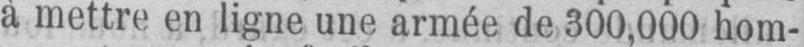
à mettre en ligne une armée de 300,000 hom-